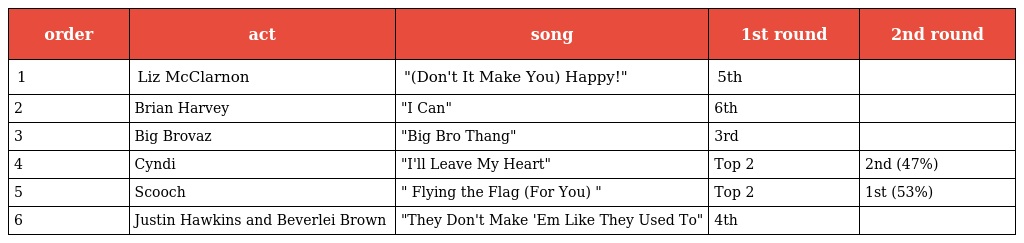
| order | act | song | 1st round | 2nd round |
 | --- | --- | --- | --- | --- |
 | 1 | Liz McClarnon | "(Don't It Make You) Happy!" | 5th |  |
 | 2 | Brian Harvey | "I Can" | 6th |  |
 | 3 | Big Brovaz | "Big Bro Thang" | 3rd |  |
 | 4 | Cyndi | "I'll Leave My Heart" | Top 2 | 2nd (47%) |
 | 5 | Scooch | " Flying the Flag (For You) " | Top 2 | 1st (53%) |
 | 6 | Justin Hawkins and Beverlei Brown | "They Don't Make 'Em Like They Used To" | 4th |  |